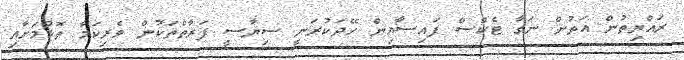
ރައްޔިތުން އަތުން ނަގާ ޓެކްސް ފައިސާއިން ހޭދަކުރަނީ ސިޔާސީ ފަރާތްތަކުން ވެރިކަމާ ތޮޮޅުމަށާއި